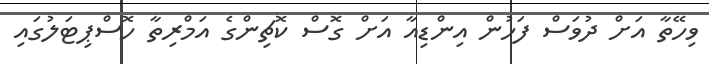
ވިހޭތާ އަށް ދުވަސް ފަހުން އިންޑިއާ އަށް ގޮސް ކޮޗިންގެ އަމްރިތާ ހޮސްޕިޓަލުގައި